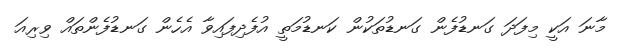
މާނަ އަކީ މިފަދަ ގަނޑުފެން ގަނޑުތަކުން ކަނޑުމަތީ އުފެދިފައިވާ އެހެން ގަނޑުފެންތައް ވިރިއަ